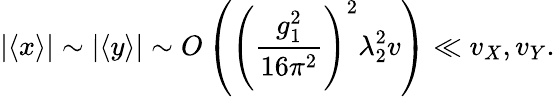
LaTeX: |\langle x\rangle|\sim|\langle y\rangle|\sim O\left(\left(\frac{g_{1}^{2}}{16\pi^{2}}\right)^{2}\lambda_{2}^{2}v\right)\ll v_{X},v_{Y}.